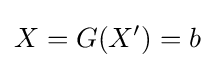
X=G(X')=b